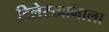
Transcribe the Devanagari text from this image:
दिलेरखानाला